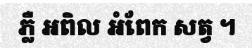
ភ្លឺ អពិល អំពែក សត្វ ។